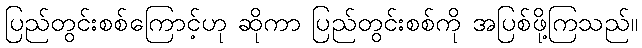
ပြည်တွင်းစစ်ကြောင့်ဟု ဆိုကာ ပြည်တွင်းစစ်ကို အပြစ်ဖို့ကြသည်။